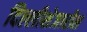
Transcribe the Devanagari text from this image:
दिल्लीशेजारील